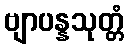
ဗျာပန္နသုတ္တံ